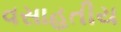
વસાહતીય